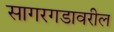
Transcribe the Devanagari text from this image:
सागरगडावरील